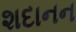
શદાનન